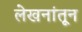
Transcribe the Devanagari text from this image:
लेखनांतून